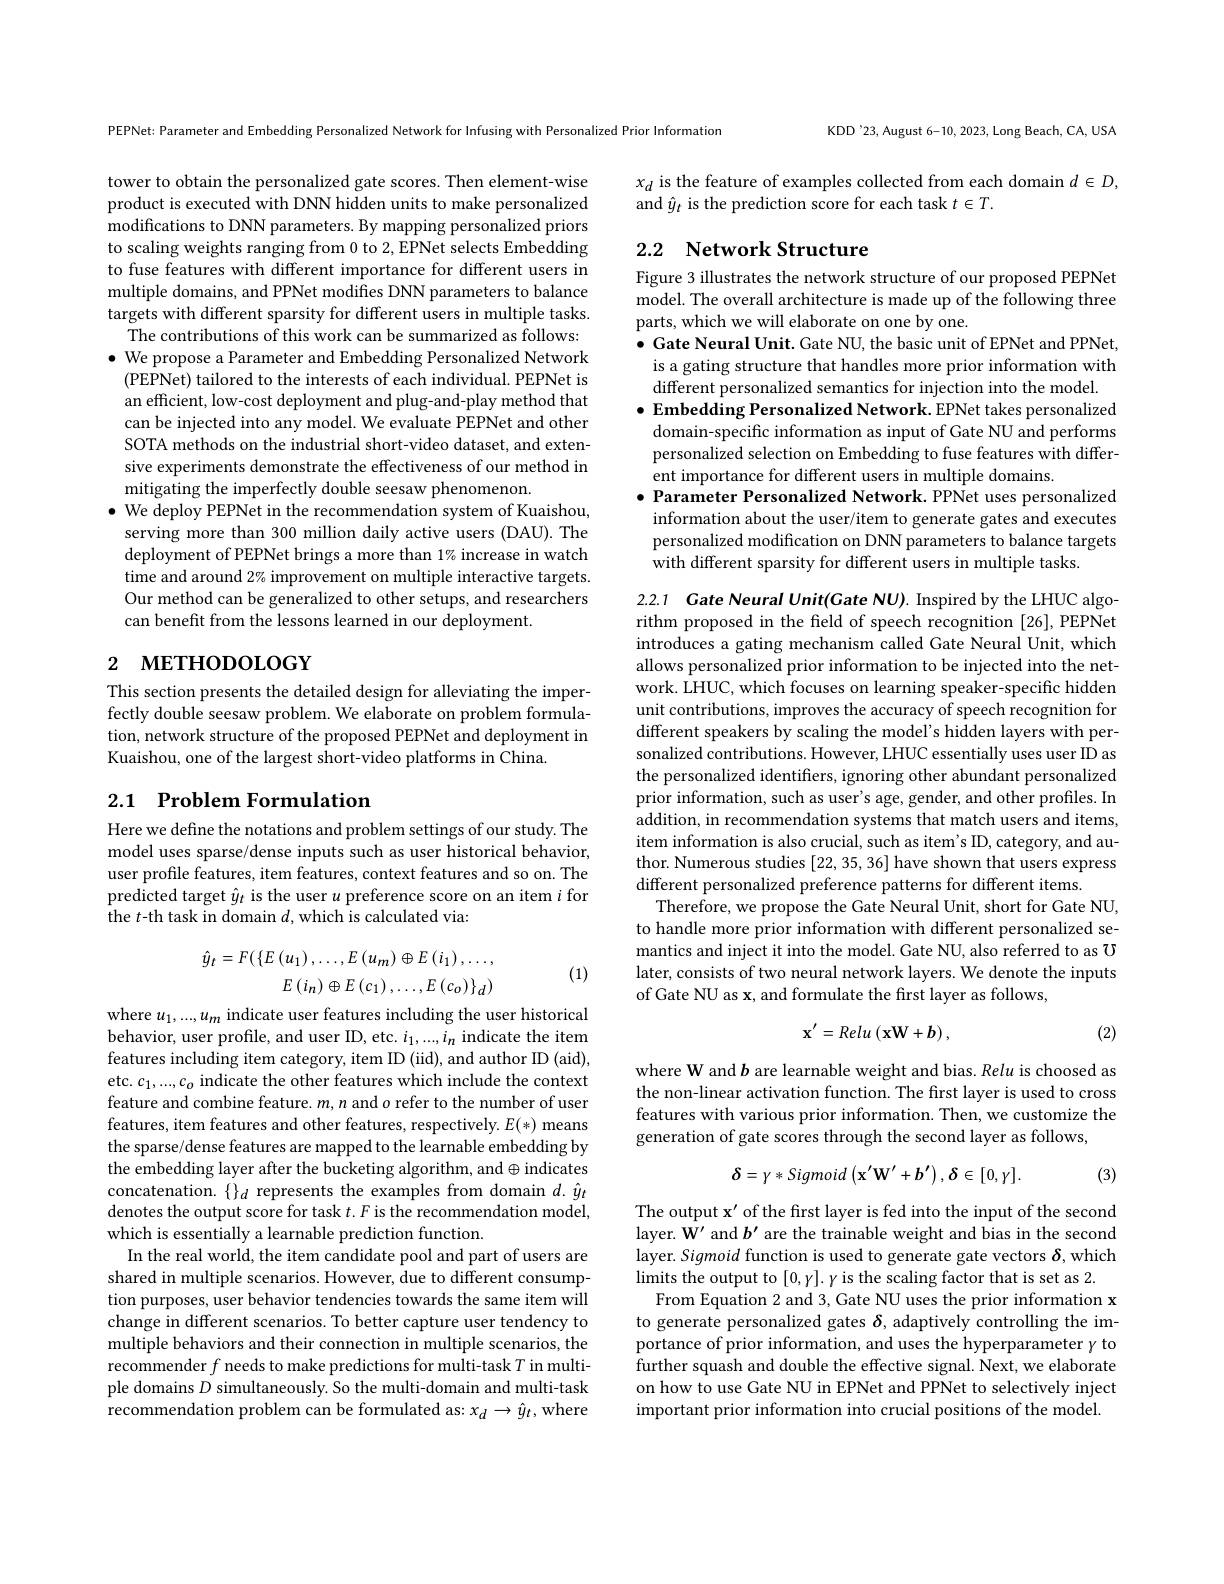
tower to obtain the personalized gate scores. Then element-wise product is executed with DNN hidden units to make personalized modifications to DNN parameters. By mapping personalized priors to scaling weights ranging from 0 to 2, EPNet selects Embedding to fuse features with different importance for different users in multiple domains, and PPNet modifies DNN parameters to balance targets with different sparsity for different users in multiple tasks.
The contributions of this work can be summarized as follows: $\bullet$ We propose a Parameter and Embedding Personalized Network (PEPNet) tailored to the interests of each individual. PEPNet is an efficient, low-cost deployment and plug-and-play method that can be injected into any model. We evaluate PEPNet and other SOTA methods on the industrial short-video dataset, and extensive experiments demonstrate the effectiveness of our method in mitigating the imperfectly double seesaw phenomenon.
$\bullet$ We deploy PEPNet in the recommendation system of Kuaishou,
serving more than 300 million daily active users (DAU). The deployment of PEPNet brings a more than 1% increase in watch time and around 2% improvement on multiple interactive targets. Our method can be generalized to other setups, and researchers can benefit from the lessons learned in our deployment.

# 2 метноросости $a$

This section presents the detailed design for alleviating the imperfectly double seesaw problem. We elaborate on problem formulation, network structure of the proposed PEPNet and deployment in Kuaishou, one of the largest short-video platforms in China

# 2.1 Problem Formulation

Here we define the notations and problem settings of our study. The model uses sparse/dense inputs such as user historical behavior, user profile features, item features, context features and so on. The predicted target $\hat{y}_t$ is the user $u$ preference score on an item $i$ for the $t$-th task in domain $d$, which is calculated via:
$$\hat{y}_{t}=F(\{E\left(u_{1}\right),\ldots,E\left(u_{m}\right)\oplus E\left(i_{1}\right),\ldots,\\E\left(i_{n}\right)\oplus E\left(c_{1}\right),\ldots,E\left(c_{o}\right)\}_{d})$$
(1)

where $u_1,...,u_m$ indicate user features including the user historical behavior, user profile, and user ID, etc. $i_1,...,i_n$ indicate the item features including item category, item ID (iid), and author ID (aid), etc. $c_1,...,c_o$ indicate the other features which include the context feature and combine feature. $m,n$ and $o$ refer to the number of user features, item features and other features, respectively. $E(*)$ means the sparse/dense features are mapped to the learnable embedding by the embedding layer after the bucketing algorithm, and $\oplus$indicates concatenation. $\{\}_d$ represents the examples from domain $d.\hat{y}_t$ denotes the output score for task $t.F$ is the recommendation model, which is essentially a learnable prediction function.
In the real world, the item candidate pool and part of users are shared in multiple scenarios. However, due to different consumption purposes, user behavior tendencies towards the same item will change in different scenarios. To better capture user tendency to multiple behaviors and their connection in multiple scenarios, the recommender $f$ needs to make predictions for multi-task $T$ in multiple domains $D$ simultaneously. So the multi-domain and multi-task recommendation problem can be formulated as: $x_d\to\hat{y}_t$, where

KDD'23, August 6-10, 2023, Long Beach, CA, USA

PEPNet: Parameter and Embedding Personalized Network for Infusing with Personalized Prior Information

$x_d$ is the feature of examples collected from each domain $d\in D$,
and $\hat{y}_t$ is the prediction score for each task $t\in T.$

# 2.2 Network Structure

Figure 3 illustrates the network structure of our proposed PEPNet model. The overall architecture is made up of the following three parts, which we will elaborate on one by one.
$\bullet$ Gate Neural Unit. Gate NU, the basic unit of EPNet and PPNet, is a gating structure that handles more prior information with different personalized semantics for injection into the model.
$\bullet$ Embedding Personalized Network. EPNet takes personalized domain-specific information as input of Gate NU and performs personalized selection on Embedding to fuse features with different importance for different users in multiple domains
$\bullet$ Parameter Personalized Network. PPNet uses personalized information about the user/item to generate gates and executes personalized modification on DNN parameters to balance targets with different sparsity for different users in multiple tasks.

2.2.1 Cate Neural Unit(Gate NU). Inspired by the LHUC algorithm proposed in the field of speech recognition [26], PEPNet introduces a gating mechanism called Gate Neural Unit, which allows personalized prior information to be injected into the network. LHUC, which focuses on learning speaker-specific hidden unit contributions, improves the accuracy of speech recognition for different speakers by scaling the model's hidden layers with personalized contributions. However, LHUC essentially uses user ID as the personalized identifiers, ignoring other abundant personalized prior information, such as user's age, gender, and other profiles. In addition, in recommendation systems that match users and items, item information is also crucial, such as item's ID, category, and author. Numerous studies [22,35,36] have shown that users express different personalized preference patterns for different items.
Therefore, we propose the Gate Neural Unit, short for Gate NU, to handle more prior information with different personalized semantics and inject it into the model. Gate NU, also referred to as $\mho$ later, consists of two neural network layers. We denote the inputs of Gate NU as x, and formulate the first layer as follows,
$$\mathbf{x}^{\prime}=Relu\left(\mathbf{x}\mathbf{W}+b\right),$$
(2)

where W and $b$ are learnable weight and bias. Relu is choosed as the non-linear activation function. The first layer is used to cross features with various prior information. Then, we customize the generation of gate scores through the second layer as follows,
$$\boldsymbol{\delta}=\gamma*Sigmoid\left(\mathbf{x}'\mathbf{W}'+\boldsymbol{b}'\right),\boldsymbol{\delta}\in[0,\gamma].$$
(3)

The output $\mathbf{x}^\prime$ of the frst layer is fed into the input of the second layer. W' and $b^\prime$ are the trainable weight and bias in the second layer. Sigmoid function is used to generate gate vectors $\delta$,which limits the output to $[0,y].\gamma$ is the scaling factor that is set as 2.
From Equation 2 and 3, Gate NU uses the prior information x to generate personalized gates $\delta$, adaptively controlling the importance of prior information, and uses the hyperparameter $\gamma$ to further squash and double the effective signal. Next, we elaborate on how to use Gate NU in EPNet and PPNet to selectively inject important prior information into crucial positions of the model.